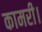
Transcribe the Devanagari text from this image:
कामरी।